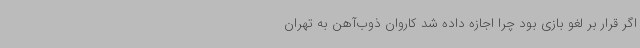
اگر قرار بر لغو بازی بود چرا اجازه داده شد کاروان ذوب‌آهن به تهران